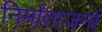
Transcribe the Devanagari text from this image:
निर्माताजनों